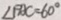
\angle B A C = 6 0 ^ { \circ }